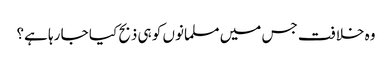
وہ خلافت جس میں مسلمانوں کو ہی ذبح کیا جا رہا ہے؟